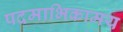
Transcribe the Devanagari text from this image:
पदमाभिकामय